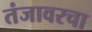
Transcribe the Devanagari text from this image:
तंजावरचा